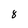
Character: 8